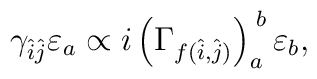
\gamma_{\hat{i}\hat{j}}\varepsilon_a \propto i\left(\Gamma_{f(\hat{i},\hat{j})}\right)^{\;b}_a\varepsilon_b,